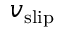
v _ { \mathrm { s l i p } }